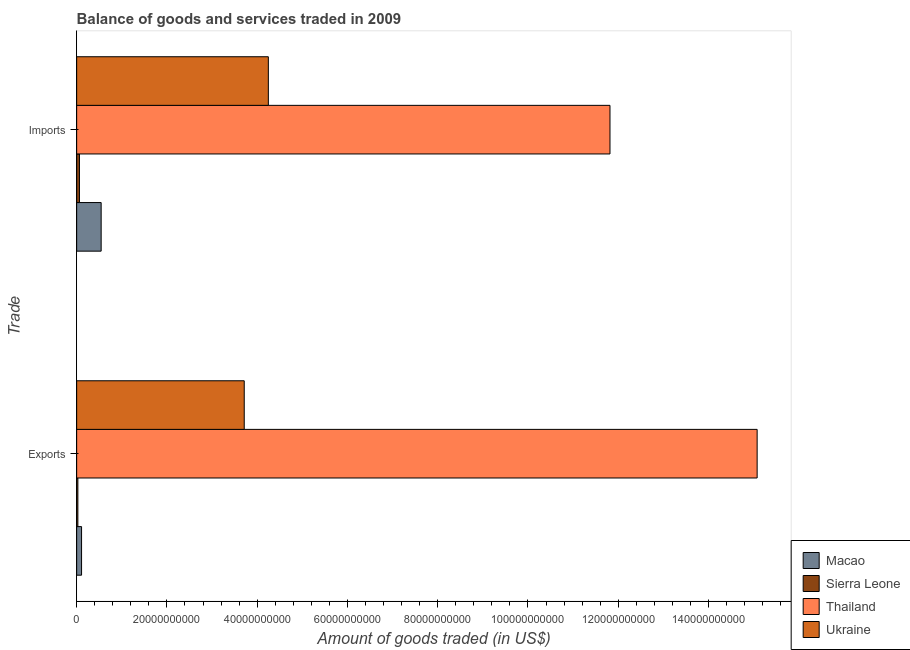
| Trade | Macao | Sierra Leone | Thailand | Ukraine |
 | --- | --- | --- | --- | --- |
 | Exports | 1.09e+09 | 2.68e+08 | 1.51e+11 | 3.71e+10 |
 | Imports | 5.43e+09 | 6.18e+08 | 1.18e+11 | 4.25e+10 |